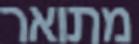
מתואר